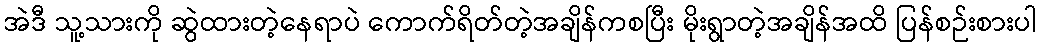
အဲဒီ သူ့သားကို ဆွဲထားတဲ့နေရာပဲ ကောက်ရိတ်တဲ့အချိန်ကစပြီး မိုးရွာတဲ့အချိန်အထိ ပြန်စဉ်းစားပါ